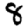
Digit: 8